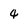
Character: 4